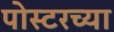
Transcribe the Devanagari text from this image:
पोस्टरच्या